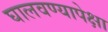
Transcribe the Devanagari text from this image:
घालवण्यापेक्षा